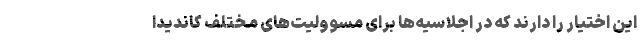
این اختیار را دارند كه در اجلاسیه‌ها برای مسوولیت‌های مختلف كاندیدا